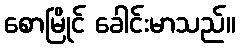
စောမြိုင် ခေါင်းမာသည်။